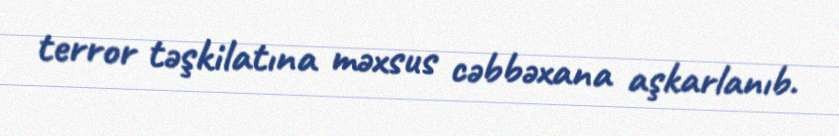
terror təşkilatına məxsus cəbbəxana aşkarlanıb.